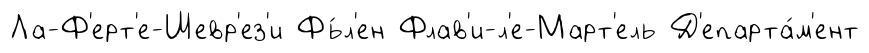
Ла-Ф'ерт'е-Шевр'ез'и Фь́л'ен Флав'и-л'е-Март'ель Д'епарта́м'ент